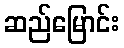
ဆည်မြောင်း